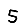
Digit: 5